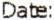
DATE: